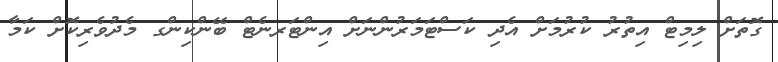
ގޮތަށް ލިމިޓް އިތުރު ކުރުމަށް އެދި ކަސްޓަމަރުންނަށް އިންޓަރނެޓް ބޭންކިންގ މެދުވެރިކޮށް ކަމާ